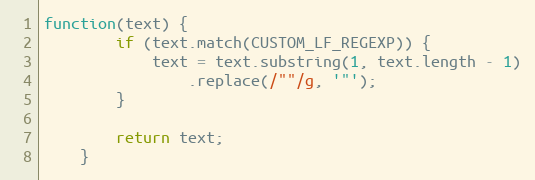
Language: JavaScript
function(text) {
        if (text.match(CUSTOM_LF_REGEXP)) {
            text = text.substring(1, text.length - 1)
                .replace(/""/g, '"');
        }

        return text;
    }